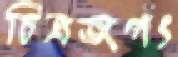
চিত্রজগৎ